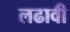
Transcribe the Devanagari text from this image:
लढावी